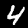
Label: 4